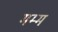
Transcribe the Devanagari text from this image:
मम्म